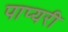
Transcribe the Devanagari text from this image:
पाप्यरी